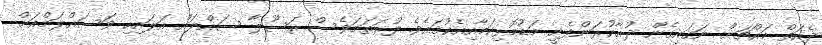
ދެއަތް މައްޗަށް ނަގައިގެން ދުޢާކުރަންފެށީ މަޑުމޮޅިކަމާއިއެކުގައެވެ. ފުރަތަމަވެސް ރަސޫލާ ސައްލައް އަލައިހި ވަސައްލަމްއަށް